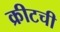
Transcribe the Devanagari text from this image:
क्रीटची